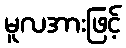
မူလအားဖြင့်